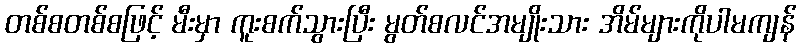
တစ်စတစ်စဖြင့် မီးမှာ ကူးစက်သွားပြီး မွတ်စလင်အမျိုးသား အိမ်များကိုပါမကျန်